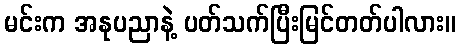
မင်းက အနုပညာနဲ့ ပတ်သက်ပြီးမြင်တတ်ပါလား။